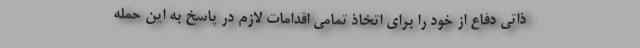
ذاتی دفاع از خود را برای اتخاذ تمامی اقدامات لازم در پاسخ به این حمله